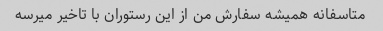
متاسفانه همیشه سفارش من از این رستوران با تاخیر میرسه